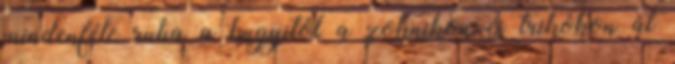
mindenféle ruha a bugyitól a zoknikon és trikókon át